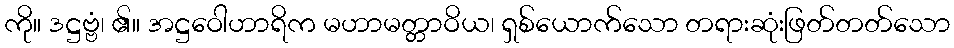
ကို။ ဒဋ္ဌဗ္ဗံ၊ ၏။ အဋ္ဌဝေါဟာရိက မဟာမတ္တာဝိယ၊ ရှစ်ယောက်သော တရားဆုံးဖြတ်တတ်သော